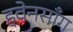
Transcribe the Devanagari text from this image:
हवेनसाँग